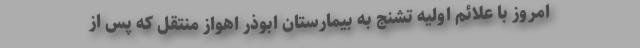
امروز با علائم اولیه تشنج به بیمارستان ابوذر اهواز منتقل که پس از